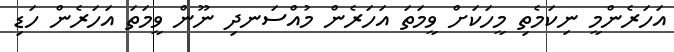
އަަހަރެންމީ ނިކަމެތި މީހަކަށް ވީމަތަ އަހަރެން މުއްސަނދި ނޫން ވީމަތަ އަހަރެން ހަޑި